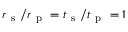
r _ { \mathrm { ~ s ~ } } / r _ { \mathrm { ~ p ~ } } = t _ { \mathrm { ~ s ~ } } / t _ { \mathrm { ~ p ~ } } = 1